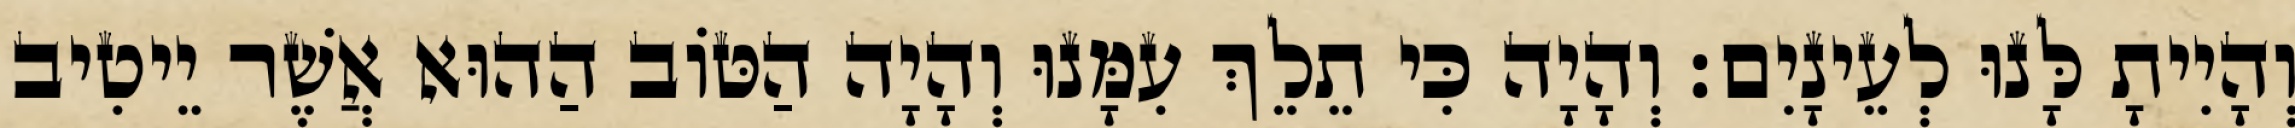
וְהָיִיתָ לָּנוּ לְעֵינָיִם׃ וְהָיָה כִּי תֵלֵךְ עִמָּנוּ וְהָיָה הַטּוֹב הַהוּא אֲשֶׁר יֵיטִיב